Annual report of the Punjab Veterinary College and of the Civil Veterinary Department, Punjab - 1894-1908
Year: 1894
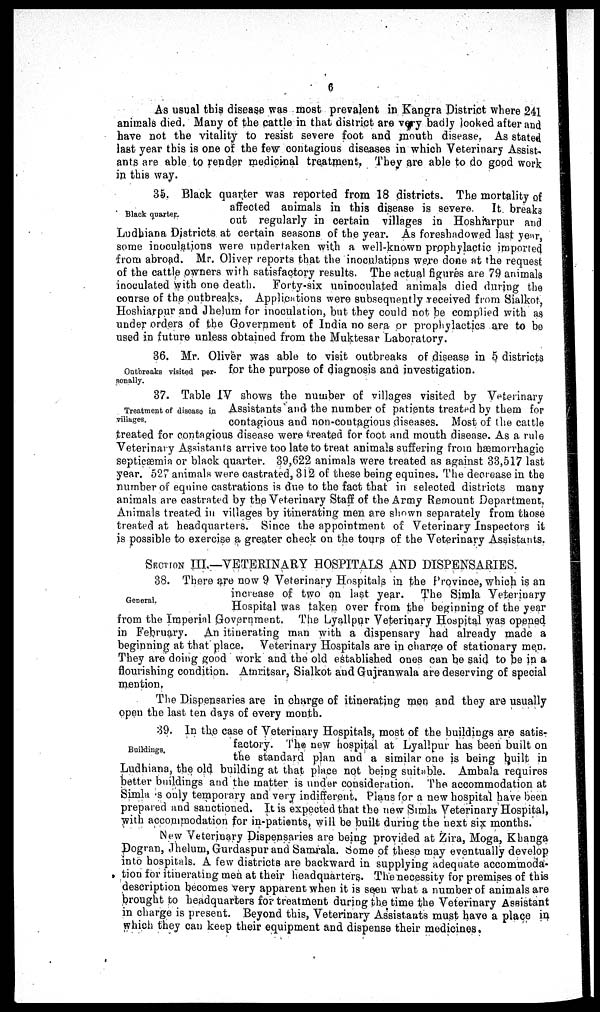
6
As usual this disease was most prevalent in Kangra District where 241
animals died. Many of the cattle in that district are very badly looked after and
have not the vitality to resist severe foot and mouth disease. As stated
last year this is one of the few contagious diseases in which Veterinary Assist-
ants are able to render medicinal treatment. They are able to do good work
in this way.
Black quarter.
35. Black quarter was reported from 18 districts. The mortality of
affected animals in this disease is severe.
It breaks
out regularly in certain villages in Hoshiarpur and
Ludhiana Districts at certain seasons of the year. As foreshadowed last year,
some inoculations were undertaken with a well-known prophylactic imported
from abroad. Mr. Oliver reports that the inoculations were done at the request
of the cattle owners with satisfactory results. The actual figures are 79 animals
inoculated with one death.
Forty-six uninoculated animals died during the
course of the outbreaks. Applications were subsequently received from Sialkot,
Hoshiarpur and Jhelum for inoculation, but they could not be complied with as
under orders of the Government of India no sera or prophylactics are to be
used in future unless obtained from the Muktesar Laboratory.
Outbreaks visited per-
sonally.
36. Mr. Oliver was able to visit outbreaks of disease in 5 districts
for the purpose of diagnosis and investigation.
Treatment of disease in
villages.
37. Table IV shows the number of villages visited by Veterinary
Assistants and the number of patients treated by them for
contagious and non-coutagious diseases. Most of the cattle
treated for contagious disease were treated for foot and mouth disease. As a rule
Veterinary Assistants arrive too late to treat animals suffering from bæmorrhagic
septicæmia or black quarter. 39,622 animals were treated as against 33,517 last
year. 527 animals were castrated, 312 of these being equines. The decrease in the
number of equine castrations is due to the fact that in selected districts many
animals are castrated by the Veterinary Staff of the Army Remount Department,
Animals treated in villages by itinerating men are shown separately from those
treated at headquarters. Since the appointment of Veterinary Inspectors it
is possible to exercise a greater check on the tours of the Veterinary Assistants.
SECTION III.—VETERINARY HOSPITALS AND DISPENSARIES.
General.
38. There are now 9 Veterinary Hospitals in the Province, which is an
increase of two on last year.
The Simla Veterinary
Hospital was taken over from the beginning of the year
from the Imperial Government. The Lyallpur Veterinary Hospital was opened
in February.
An itinerating man with a dispensary had already made a
beginning at that place. Veterinary Hospitals are in charge of stationary men.
They are doing good work and the old established ones can be said to be in a
flourishing condition. Amritsar, Sialkot and Gujranwala are deserving of special
mention.
The Dispensaries are in charge of itinerating men and they are usually
open the last ten days of every month.
Buildings.
39. In the case of Veterinary Hospitals, most of the buildings are satis-
factory. The new hospital at Lyallpur has been built on
the standard plan and a similar one is being built in
Ludhiana, the old building at that place not being suitable. Ambala requires
better buildings and the matter is under consideration. The accommodation at
Simla is only temporary and very indifferent. Plans for a new hospital have been
prepared and sanctioned. It is expected that the new Simla Veterinary Hospital,
with accommodation for in-patients, will be built during the next six months.
New Veterinary Dispensaries are being provided at Zira, Moga, Khanga
Dogran, Jhelum, Gurdaspur and Samrala. Some of these may eventually develop
into hospitals. A few districts are backward in supplying adequate accommoda-
tion for itinerating men at their headquarters. The necessity for premises of this
description becomes very apparent when it is seen what a number of animals are
brought to headquarters for treatment during the time the Veterinary Assistant
in charge is present. Beyond this, Veterinary Assistants must have a place in
which they can keep their equipment and dispense their medicines.